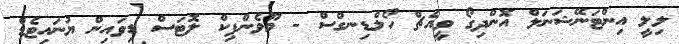
ލިލީ އިންޓަނޭޝަނަލް އޮންދިގޯ ވީއެޗް ހޯލްޑިނގްސް - މޫވެންޕިކް ލޮޓަސް ޑިވައިން ޔުނައިޓެޑް